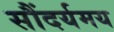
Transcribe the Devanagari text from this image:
सौंदर्यमय